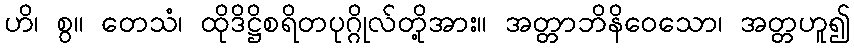
ဟိ၊ စွ။ တေသံ၊ ထိုဒိဋ္ဌိစရိတပုဂ္ဂိုလ်တို့အား။ အတ္တာဘိနိဝေသော၊ အတ္တဟူ၍